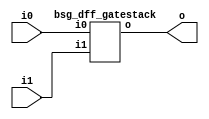
// This program was cloned from: https://github.com/chipsalliance/synlig
// License: Apache License 2.0



module top
(
  i0,
  i1,
  o
);

  input [15:0] i0;
  input [15:0] i1;
  output [15:0] o;

  bsg_dff_gatestack
  wrapper
  (
    .i0(i0),
    .i1(i1),
    .o(o)
  );


endmodule



module bsg_dff_gatestack
(
  i0,
  i1,
  o
);

  input [15:0] i0;
  input [15:0] i1;
  output [15:0] o;
  wire [15:0] o;
  reg o_0_sv2v_reg,o_1_sv2v_reg,o_2_sv2v_reg,o_3_sv2v_reg,o_4_sv2v_reg,o_5_sv2v_reg,
  o_6_sv2v_reg,o_7_sv2v_reg,o_8_sv2v_reg,o_9_sv2v_reg,o_10_sv2v_reg,o_11_sv2v_reg,
  o_12_sv2v_reg,o_13_sv2v_reg,o_14_sv2v_reg,o_15_sv2v_reg;
  assign o[0] = o_0_sv2v_reg;
  assign o[1] = o_1_sv2v_reg;
  assign o[2] = o_2_sv2v_reg;
  assign o[3] = o_3_sv2v_reg;
  assign o[4] = o_4_sv2v_reg;
  assign o[5] = o_5_sv2v_reg;
  assign o[6] = o_6_sv2v_reg;
  assign o[7] = o_7_sv2v_reg;
  assign o[8] = o_8_sv2v_reg;
  assign o[9] = o_9_sv2v_reg;
  assign o[10] = o_10_sv2v_reg;
  assign o[11] = o_11_sv2v_reg;
  assign o[12] = o_12_sv2v_reg;
  assign o[13] = o_13_sv2v_reg;
  assign o[14] = o_14_sv2v_reg;
  assign o[15] = o_15_sv2v_reg;

  always @(posedge i1[0]) begin
    if(1'b1) begin
      o_0_sv2v_reg <= i0[0];
    end 
  end


  always @(posedge i1[1]) begin
    if(1'b1) begin
      o_1_sv2v_reg <= i0[1];
    end 
  end


  always @(posedge i1[2]) begin
    if(1'b1) begin
      o_2_sv2v_reg <= i0[2];
    end 
  end


  always @(posedge i1[3]) begin
    if(1'b1) begin
      o_3_sv2v_reg <= i0[3];
    end 
  end


  always @(posedge i1[4]) begin
    if(1'b1) begin
      o_4_sv2v_reg <= i0[4];
    end 
  end


  always @(posedge i1[5]) begin
    if(1'b1) begin
      o_5_sv2v_reg <= i0[5];
    end 
  end


  always @(posedge i1[6]) begin
    if(1'b1) begin
      o_6_sv2v_reg <= i0[6];
    end 
  end


  always @(posedge i1[7]) begin
    if(1'b1) begin
      o_7_sv2v_reg <= i0[7];
    end 
  end


  always @(posedge i1[8]) begin
    if(1'b1) begin
      o_8_sv2v_reg <= i0[8];
    end 
  end


  always @(posedge i1[9]) begin
    if(1'b1) begin
      o_9_sv2v_reg <= i0[9];
    end 
  end


  always @(posedge i1[10]) begin
    if(1'b1) begin
      o_10_sv2v_reg <= i0[10];
    end 
  end


  always @(posedge i1[11]) begin
    if(1'b1) begin
      o_11_sv2v_reg <= i0[11];
    end 
  end


  always @(posedge i1[12]) begin
    if(1'b1) begin
      o_12_sv2v_reg <= i0[12];
    end 
  end


  always @(posedge i1[13]) begin
    if(1'b1) begin
      o_13_sv2v_reg <= i0[13];
    end 
  end


  always @(posedge i1[14]) begin
    if(1'b1) begin
      o_14_sv2v_reg <= i0[14];
    end 
  end


  always @(posedge i1[15]) begin
    if(1'b1) begin
      o_15_sv2v_reg <= i0[15];
    end 
  end


endmodule